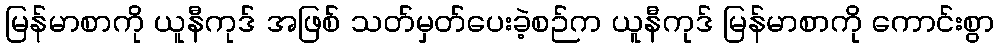
မြန်မာစာကို ယူနီကုဒ် အဖြစ် သတ်မှတ်ပေးခဲ့စဉ်က ယူနီကုဒ် မြန်မာစာကို ကောင်းစွာ